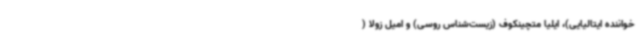
خواننده ایتالیایی)، ایلیا متچینکوف (زیست‌شناس روسی) و امیل زولا (